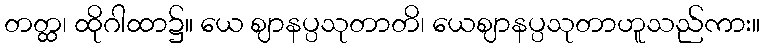
တတ္ထ၊ ထိုဂါထာ၌။ ယေ ဈာနပ္ပသုတာတိ၊ ယေဈာနပ္ပသုတာဟူသည်ကား။